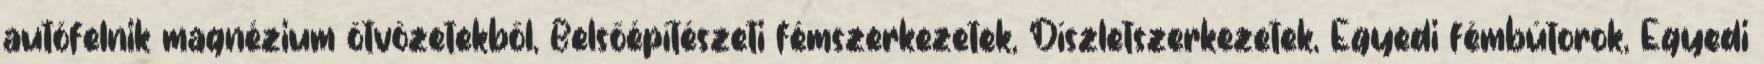
autófelnik magnézium ötvözetekből, Belsőépítészeti fémszerkezetek, Díszletszerkezetek, Egyedi fémbútorok, Egyedi